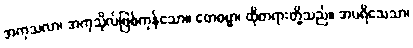
အကုသလာ၊ အကုသိုလ်ဖြစ်ကုန်သော။ တေဓမ္မာ၊ ထိုတရားတို့သည်။ အပရိသေသာ၊